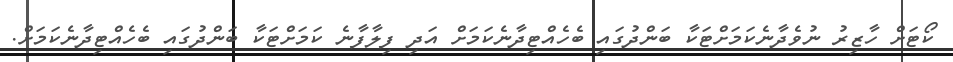
ކޯޓަށް ހާޒިރު ނުވެދާނެކަމަށްޓަކާ ބަންދުގައި ބެހެއްޓިދާނެކަމަށް އަދި ފިލާފާނެ ކަމަށްޓަކާ ބަންދުގައި ބެހެއްޓިދާނެކަމަށް.